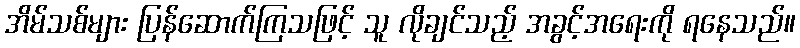
အိမ်သစ်များ ပြန်ဆောက်ကြသဖြင့် သူ လိုချင်သည့် အခွင့်အရေးကို ရနေသည်။